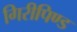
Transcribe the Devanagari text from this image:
गिरीपिण्ड